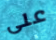
على